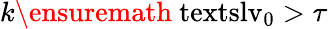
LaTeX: k\ensuremath{\mathrm{\ textsl{v}}_{0}}>\tau